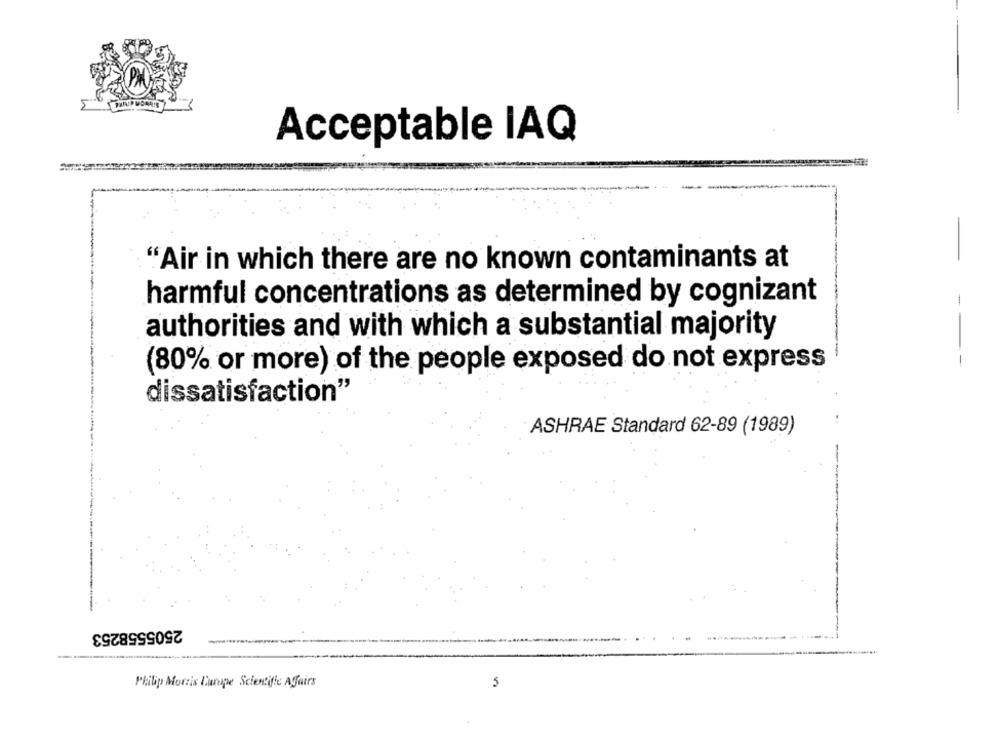
Acceptable IAQ
"Air in which there are no known contaminants at
harmful concentrations as determined by cognizant
authorities and with which a substantial majority
---
(80% or more) of the people exposed do not express
dissatisfaction"
ASHRAE Standard 62-89 (1989)
2505558253
Philip Morris Europe Scientific Affairs
5